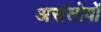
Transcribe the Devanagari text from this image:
असंतोषों